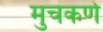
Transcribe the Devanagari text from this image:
मुचकर्ण